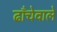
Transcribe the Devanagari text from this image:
ढाँचेवाले